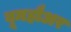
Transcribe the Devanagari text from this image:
बूमहौअर